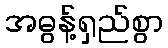
အဓွန့်ရှည်စွာ